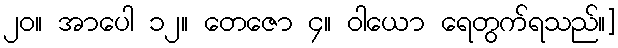
၂၀။ အာပေါ ၁၂။ တေဇော ၄။ ဝါယော ရေတွက်ရသည်။]